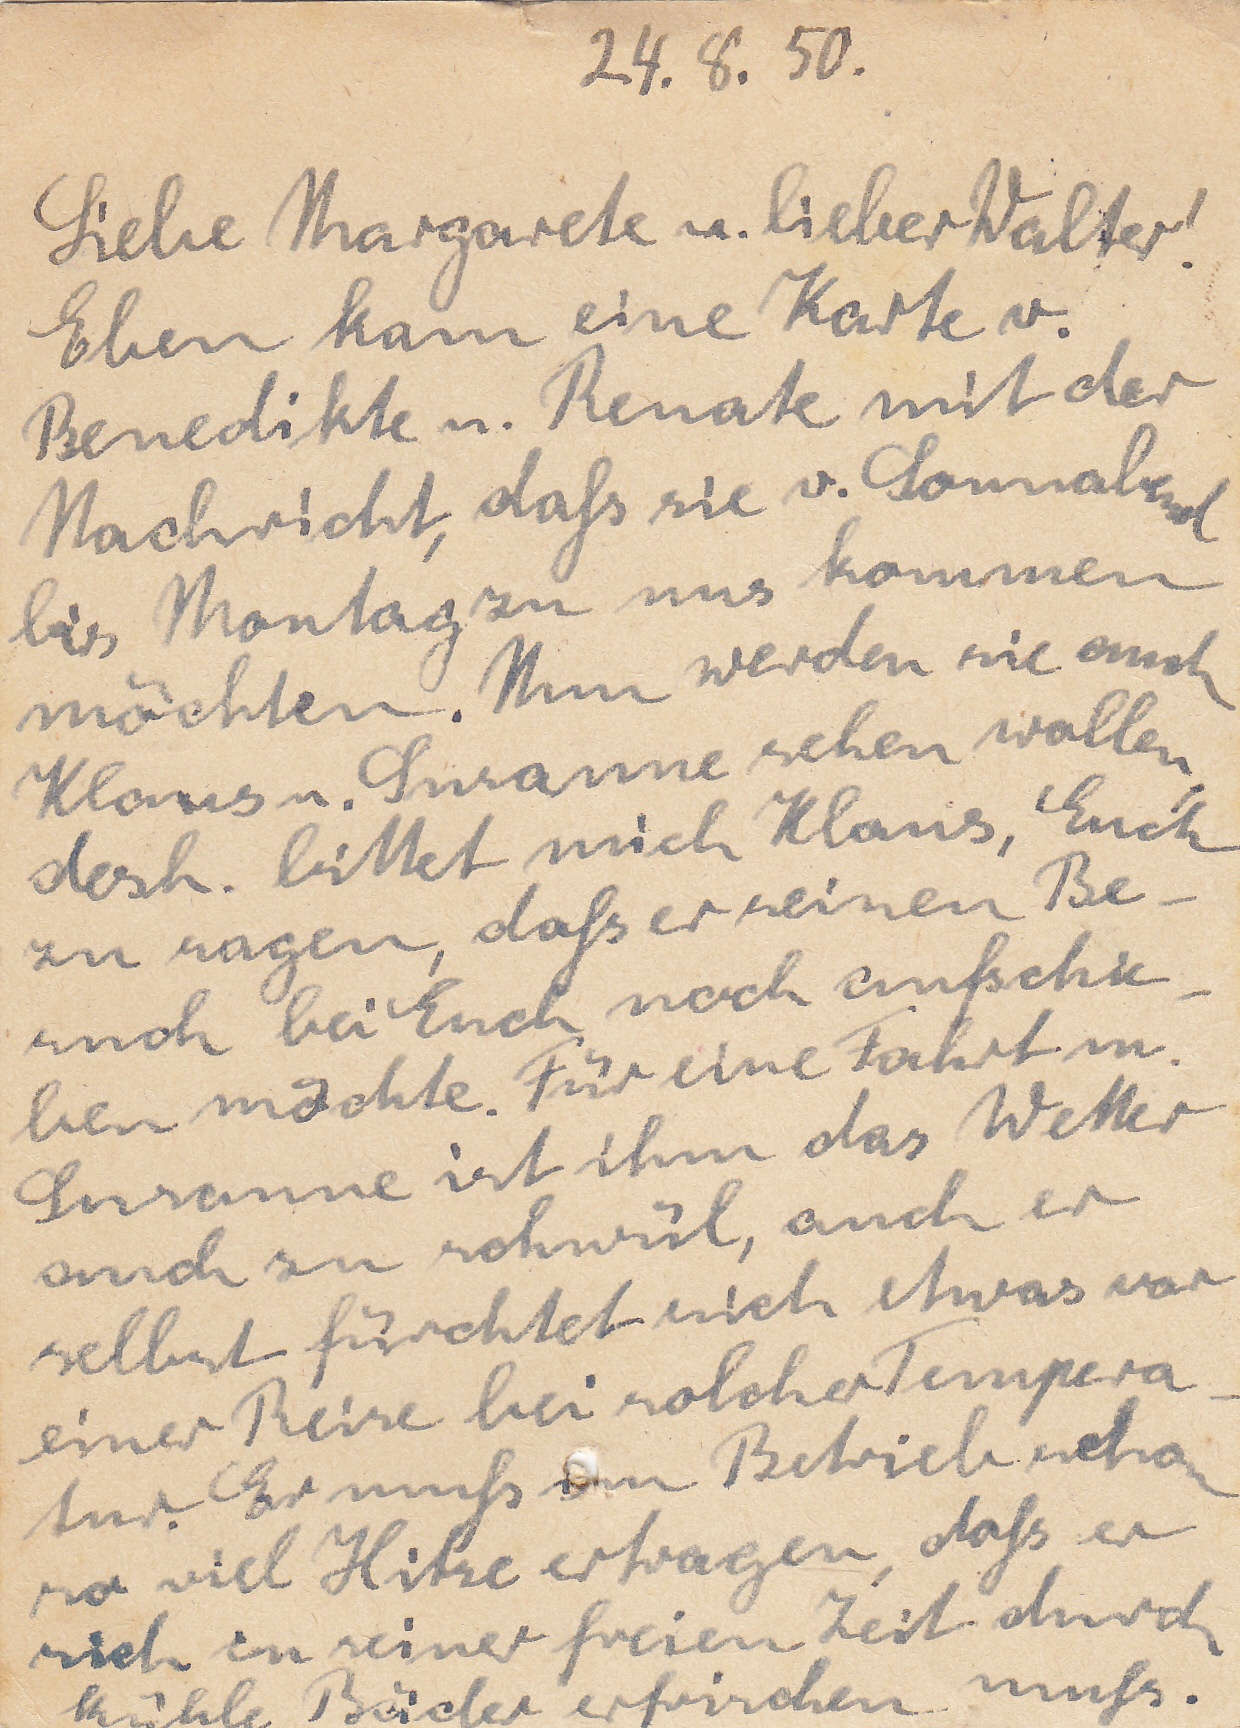
24. 8. 50.
Liebe Margrarete u. lieber Walter!
Eben kam eine Karte v.
Benedikte u. Renate mit der
Nachricht, daß sie v. Sonnabend
bis Montag zu uns kommen
möchten. Nun werden sie auch
Klaus u. Susanne sehen wollen
desh. bittet much Klaus, Euch
zu sagen, daß er seinen Be-
such bei Euch noch aufschie
ben möchte. Für eine Fahrt m.
Susanne ist ihm das Wetter
auch zu schwül, auch er
selbst fürchtet sich etwas vor
einer Reise bei solcher Tempera
tur. Er muß im Betrieb eben
so viel Hitze ertragen, daß er
sich in seiner freien Zeit durch